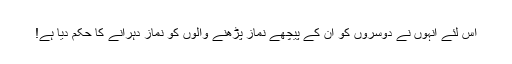
اس لئے انہوں نے دوسروں کو ان کے پیچھے نماز پڑھنے والوں کو نماز دہرانے کا حکم دیا ہے!